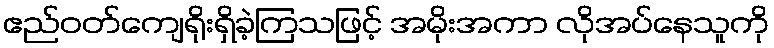
ဧည်ဝတ်ကျေရိုးရှိခဲ့ကြသဖြင့် အမိုးအကာ လိုအပ်နေသူကို